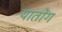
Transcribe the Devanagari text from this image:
यातोंग